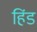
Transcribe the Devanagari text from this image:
हिंड